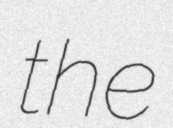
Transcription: the